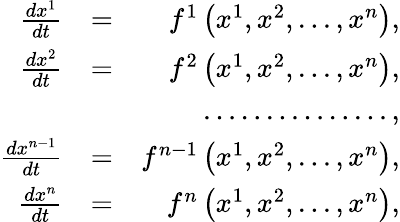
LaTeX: \begin{array}{rlr}{\frac{dx^{1}}{dt}}&{=}&{f^{1}\left(x^{1},x^{2},...,x^{n}\right),}\\ {\frac{dx^{2}}{dt}}&{=}&{f^{2}\left(x^{1},x^{2},...,x^{n}\right),}\\ &{}&{...............,}\\ {\frac{dx^{n-1}}{dt}}&{=}&{f^{n-1}\left(x^{1},x^{2},...,x^{n}\right),}\\ {\frac{dx^{n}}{dt}}&{=}&{f^{n}\left(x^{1},x^{2},...,x^{n}\right),}\end{array}